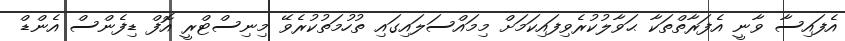
އެފައިސާ ވާނީ އެފަރާތްތަކާ ޙަވާލުކުރެވިފައިކަމަށް މިމައްސަލައިގައި ތުހުމަތުކުރެވޭ މިނިސްޓްރީ އޮފް ޑިފެންސް އެންޑް